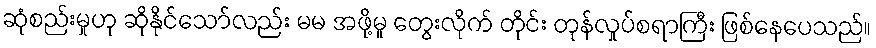
ဆုံစည်းမှုဟု ဆိုနိုင်သော်လည်း မမ အဖို့မူ တွေးလိုက် တိုင်း တုန်လှုပ်စရာကြီး ဖြစ်နေပေသည်။